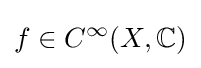
f\in C^{\infty }(X,\mathbb {C} )